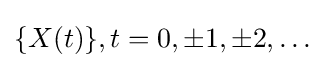
\{X(t)\},t=0,\pm 1,\pm 2,\dots